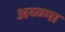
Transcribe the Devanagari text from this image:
अय्य्प्पा